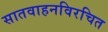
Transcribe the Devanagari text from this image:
सातवाहनविरचित